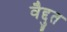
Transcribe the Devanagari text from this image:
वैद्दुत